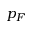
p _ { F }